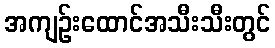
အကျဉ်းထောင်အသီးသီးတွင်